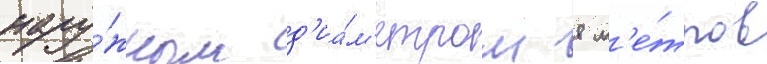
нару́жным д'иа́м'етром 8 м'е́тров